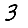
Digit: 3